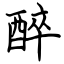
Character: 醉